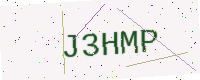
Text: J3HMP